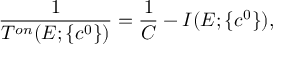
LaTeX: \displaystyle \frac { 1 } { T ^ { o n } ( E ; \{ c ^ { 0 } \} ) } = \displaystyle \frac { 1 } { C } - I ( E ; \{ c ^ { 0 } \} ) ,